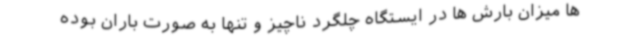
ها میزان بارش ها در ایستگاه چلگرد ناچیز و تنها به صورت باران بوده